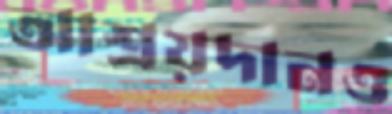
আশ্রয়দানও